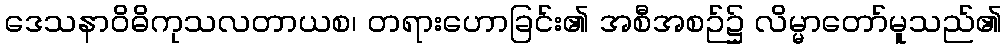
ဒေသနာဝိဓိကုသလတာယစ၊ တရားဟောခြင်း၏ အစီအစဉ်၌ လိမ္မာတော်မူသည်၏